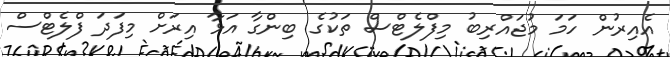
އެއިރުން ހަމަ މުޖައްރިބު މިފްލެޓްސް ތަކުގެ ބިންގާ އަޅާ އިރަށް މިފަދަ ފްލެޓްސް